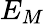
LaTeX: E_{M}